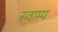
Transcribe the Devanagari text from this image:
स्वाम्प